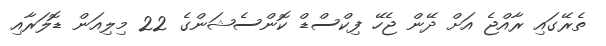
ތެރޭގައި ރާއްޖެ އަށް ދޭން ޖެހޭ ފިކްސްޑް ކޮންސެޝަންގެ 22 މިލިއަން ޑޮލަރާއި